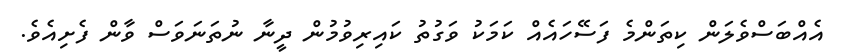
އެއްބަސްވެލަން ކިތަންމެ ފަސޭހައެއް ކަމަކު ވަގުތު ކައިރިވުމުން ދީނާ ނުތަނަވަސް ވާން ފެށިއެވެ.